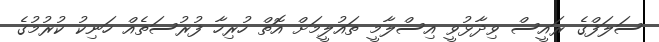
ސަލަފްގެ ރައީސް ވިދާޅުވީ އިސްލާމީ ތައުލީމަށް އޮތް ހުރިހާ ފުރުސަތެއް ހަނިކު ކުރުމުގެ